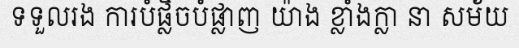
ទទួលរង ការបំផ្លិចបំផ្លាញ យ៉ាង ខ្លាំងក្លា នា សម័យ